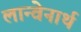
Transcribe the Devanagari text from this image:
लान्वेनार्थ